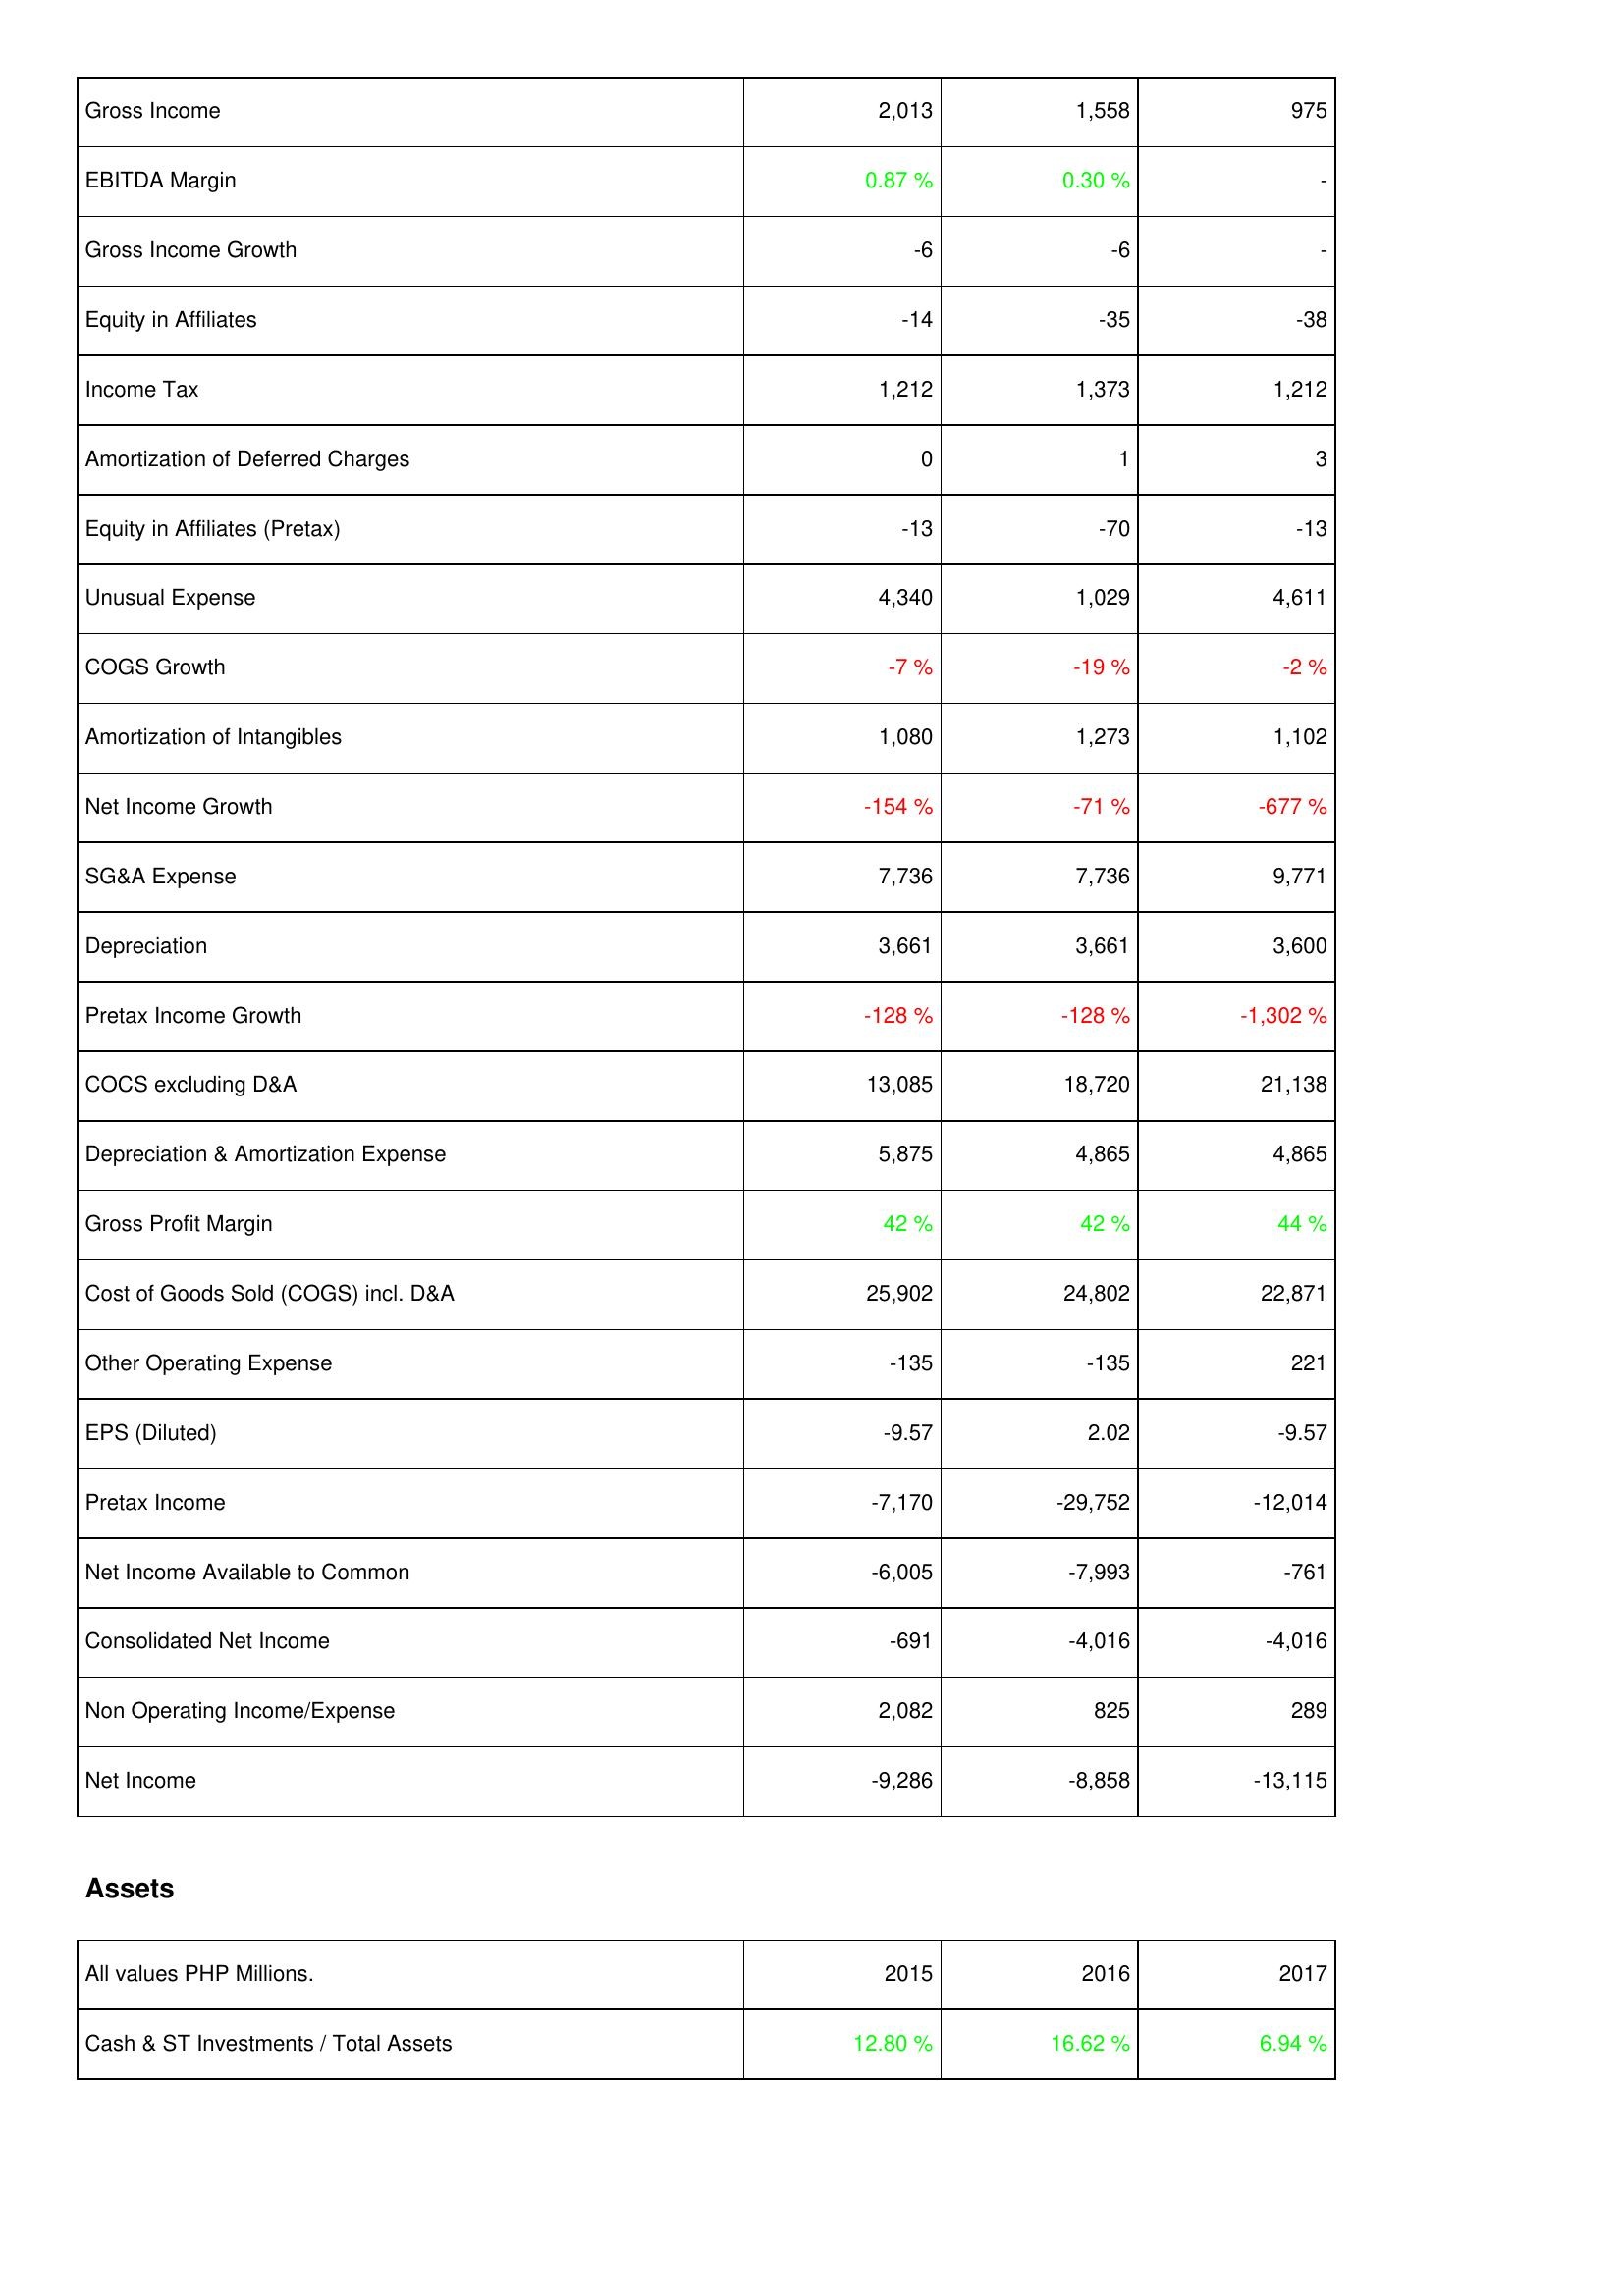
2015: Income Statement: Gross Income: 2,013
EBITDA Margin: 0.87 %
Gross Income Growth: -6
Equity in Affiliates: -14
Income Tax: 1,212
Amortization of Deferred Charges: 0
Equity in Affiliates (Pretax): -13
Unusual Expense: 4,340
COGS Growth: -7 %
Amortization of Intangibles: 1,080
Net Income Growth: -154 %
SG&A Expense: 7,736
Depreciation: 3,661
Pretax Income Growth: -128 %
COCS excluding D&A: 13,085
Depreciation & Amortization Expense: 5,875
Gross Profit Margin: 42 %
Cost of Goods Sold (COGS) incl. D&A: 25,902
Other Operating Expense: -135
EPS (Diluted): -9.57
Pretax Income: -7,170
Net Income Available to Common: -6,005
Consolidated Net Income: -691
Non Operating Income/Expense: 2,082
Net Income: -9,286
Assets: Cash & ST Investments / Total Assets: 12.80 %
2016: Income Statement: Gross Income: 1,558
EBITDA Margin: 0.30 %
Gross Income Growth: -6
Equity in Affiliates: -35
Income Tax: 1,373
Amortization of Deferred Charges: 1
Equity in Affiliates (Pretax): -70
Unusual Expense: 1,029
COGS Growth: -19 %
Amortization of Intangibles: 1,273
Net Income Growth: -71 %
SG&A Expense: 7,736
Depreciation: 3,661
Pretax Income Growth: -128 %
COCS excluding D&A: 18,720
Depreciation & Amortization Expense: 4,865
Gross Profit Margin: 42 %
Cost of Goods Sold (COGS) incl. D&A: 24,802
Other Operating Expense: -135
EPS (Diluted): 2.02
Pretax Income: -29,752
Net Income Available to Common: -7,993
Consolidated Net Income: -4,016
Non Operating Income/Expense: 825
Net Income: -8,858
Assets: Cash & ST Investments / Total Assets: 16.62 %
2017: Income Statement: Gross Income: 975
EBITDA Margin: -
Gross Income Growth: -
Equity in Affiliates: -38
Income Tax: 1,212
Amortization of Deferred Charges: 3
Equity in Affiliates (Pretax): -13
Unusual Expense: 4,611
COGS Growth: -2 %
Amortization of Intangibles: 1,102
Net Income Growth: -677 %
SG&A Expense: 9,771
Depreciation: 3,600
Pretax Income Growth: -1,302 %
COCS excluding D&A: 21,138
Depreciation & Amortization Expense: 4,865
Gross Profit Margin: 44 %
Cost of Goods Sold (COGS) incl. D&A: 22,871
Other Operating Expense: 221
EPS (Diluted): -9.57
Pretax Income: -12,014
Net Income Available to Common: -761
Consolidated Net Income: -4,016
Non Operating Income/Expense: 289
Net Income: -13,115
Assets: Cash & ST Investments / Total Assets: 6.94 %